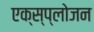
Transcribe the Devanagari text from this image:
एक्स्प्लोजन